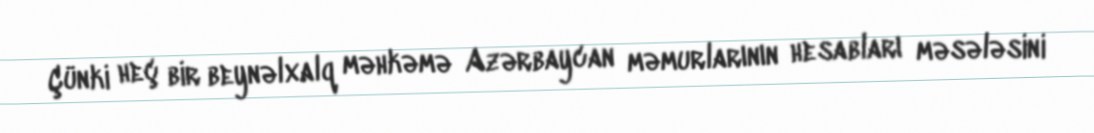
Çünki heç bir beynəlxalq məhkəmə Azərbaycan məmurlarının hesabları məsələsini